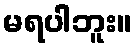
မရပါဘူး။